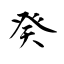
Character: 癸